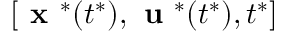
[ { \textbf { x } } ^ { * } ( t ^ { * } ) , { \textbf { u } } ^ { * } ( t ^ { * } ) , t ^ { * } ]